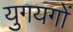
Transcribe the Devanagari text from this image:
युगयगों